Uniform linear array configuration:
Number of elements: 8
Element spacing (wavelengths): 0.5
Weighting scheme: hamming
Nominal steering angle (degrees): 0
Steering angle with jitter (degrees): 0.1805
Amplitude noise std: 0.05
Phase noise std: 0.05

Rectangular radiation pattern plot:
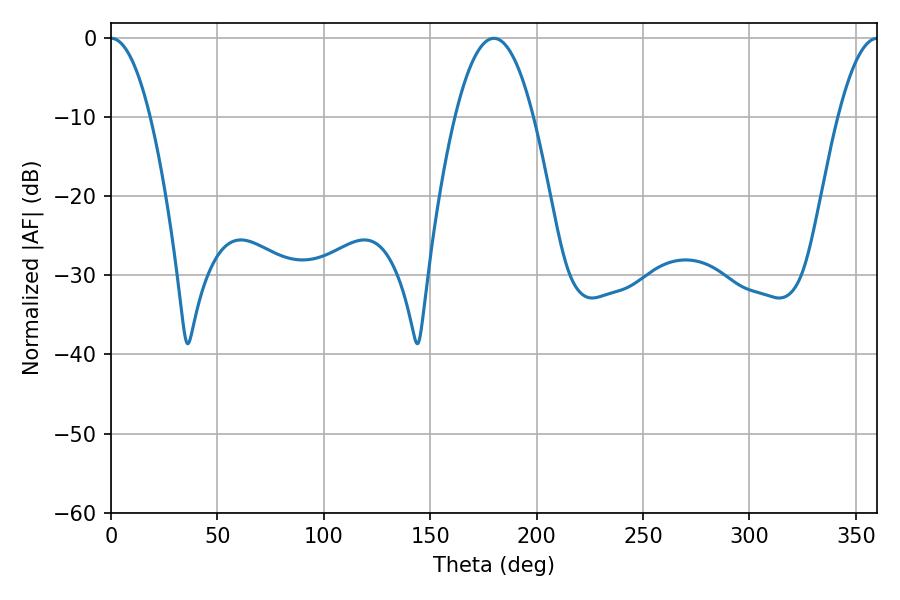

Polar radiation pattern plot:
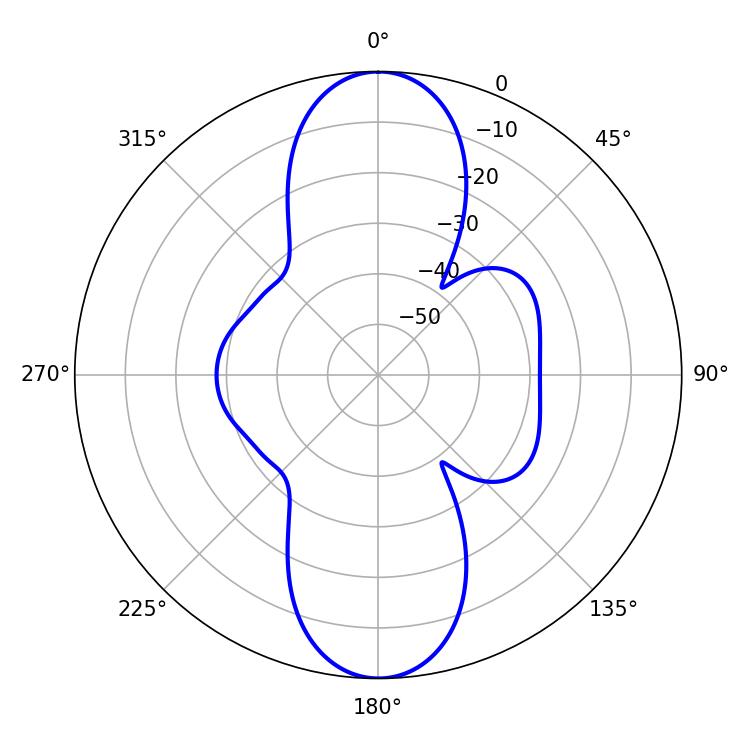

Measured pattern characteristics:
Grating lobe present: FALSE
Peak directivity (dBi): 31.698
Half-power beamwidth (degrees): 10.26
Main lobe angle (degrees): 0